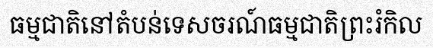
ធម្មជាតិនៅតំបន់ទេសចរណ៍ធម្មជាតិព្រះរំកិល